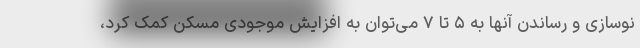
نوسازی و رساندن آنها به ۵ تا ۷ می‌توان به افزایش موجودی مسکن کمک کرد،